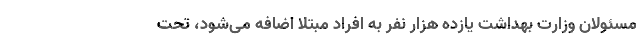
مسئولان وزارت بهداشت یازده هزار نفر به افراد مبتلا اضافه می‌شود، تحت